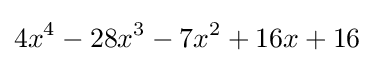
4x^{4}-28x^{3}-7x^{2}+16x+16